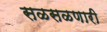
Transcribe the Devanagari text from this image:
सळसळणारी